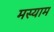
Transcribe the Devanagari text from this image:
मस्याम